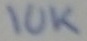
Text: 10K